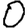
Digit: 0